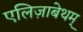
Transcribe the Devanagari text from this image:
एलिज़ाबेथम्